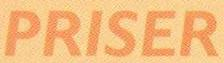
PRISER